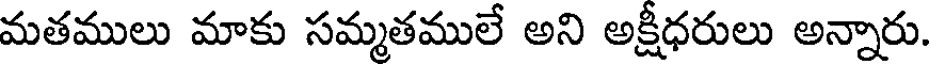
మతములు మాకు సమ్మతములే అని అక్షీధరులు అన్నారు.